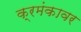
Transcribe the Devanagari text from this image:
क्रमंकावर